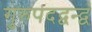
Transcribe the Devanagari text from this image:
गुरुपदद्वन्द्वं